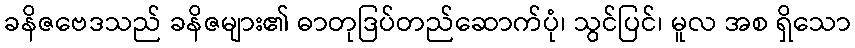
ခနိဇဗေဒသည် ခနိဇများ၏ ဓာတုဒြပ်တည်ဆောက်ပုံ၊ သွင်ပြင်၊ မူလ အစ ရှိသော